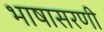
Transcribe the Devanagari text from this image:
भाषासरणी